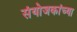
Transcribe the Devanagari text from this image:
संयोजकांच्या